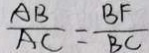
\frac { A B } { A C } = \frac { B F } { B C }